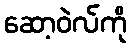
ဆော့ဝဲလ်ကို